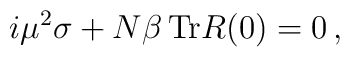
i\mu^2\sigma + N\beta\, {\rm Tr}R(0) = 0\,,